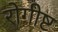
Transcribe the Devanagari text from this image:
रोगीष्ट